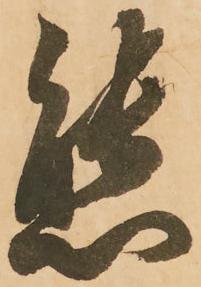
態